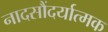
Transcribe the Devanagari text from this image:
नादसौंदर्यात्मक